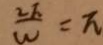
\frac { 2 F } { W } = \pi